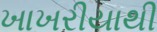
ખાખરીયાથી